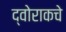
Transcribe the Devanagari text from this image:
द्वोराकचे